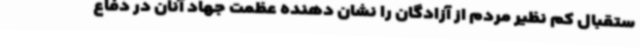
ستقبال کم نظیر مردم از آزادگان را نشان دهنده عظمت جهاد آنان در دفاع